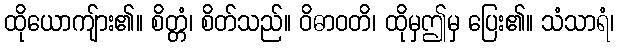
ထိုယောကျ်ား၏။ စိတ္တံ၊ စိတ်သည်။ ဝိဓာဝတိ၊ ထိုမှဤမှ ပြေး၏။ သံသာရံ၊